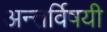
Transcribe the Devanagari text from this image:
अन्तर्विषयी